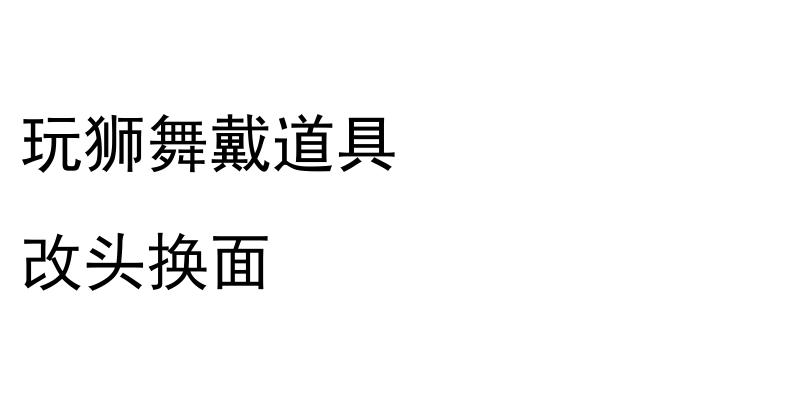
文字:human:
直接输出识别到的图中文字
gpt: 玩狮舞戴道具 改头换面